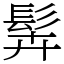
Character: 䯵